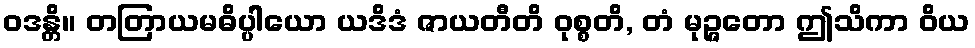
ဝဒန္တိ။ တတြာယမဓိပ္ပါယော ယဒိဒံ ဇာယတီတိ ဝုစ္စတိ, တံ မုဉ္ဇတော ဤသိကာ ဝိယ